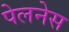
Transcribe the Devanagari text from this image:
पेलनेस